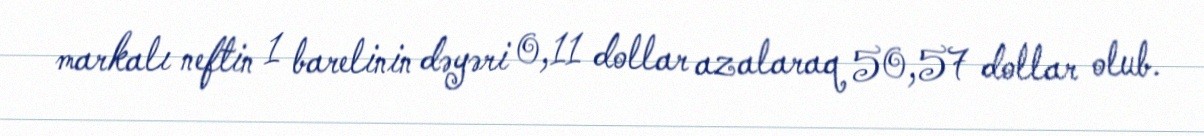
markalı neftin 1 barelinin dəyəri 0,11 dollar azalaraq 50,57 dollar olub.